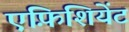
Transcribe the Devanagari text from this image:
एफ़िशियेंट